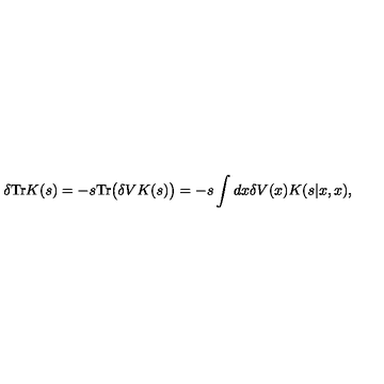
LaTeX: \delta \mathrm { T r } K ( s ) = - s \mathrm { T r } \big ( \delta V K ( s ) \big ) = - s \int d x \delta V ( x ) K ( s | x , x ) ,